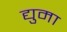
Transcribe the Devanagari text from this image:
द्युमा